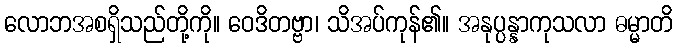
လောဘအစရှိသည်တို့ကို။ ဝေဒိတဗ္ဗာ၊ သိအပ်ကုန်၏။ အနုပ္ပန္နာကုသလာ ဓမ္မာတိ